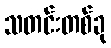
သတင်းတစ်ခု